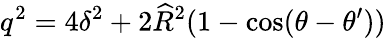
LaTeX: q^{2}=4\delta^{2}+2\widehat{R}^{2}(1-\cos(\theta-\theta^{\prime}))